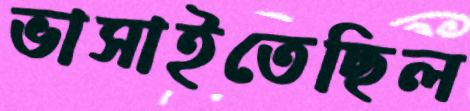
ভাসাইতেছিল